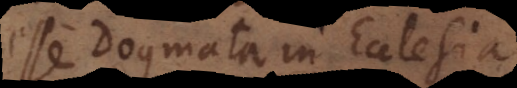
esse Dogmata in Ecclesia